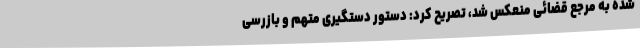
شده به مرجع قضائی منعکس شد، تصریح کرد: دستور دستگیری متهم و بازرسی